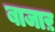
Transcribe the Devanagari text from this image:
बाजाऱ